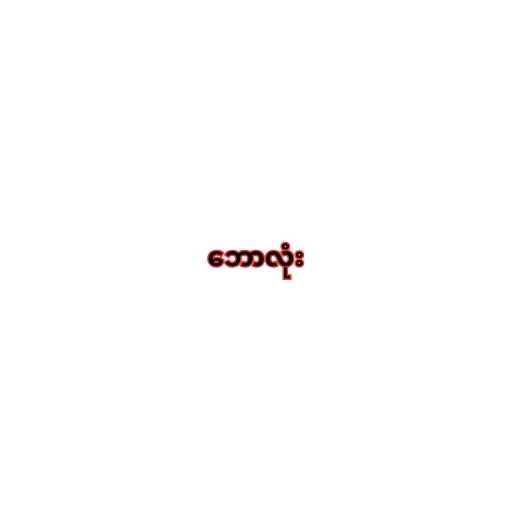
ဘောလုံး